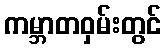
ကမ္ဘာတဝှမ်းတွင်